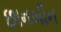
છાનબીન